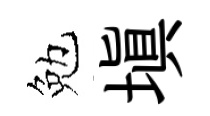
勉填